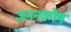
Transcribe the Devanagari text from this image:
जननकोष